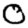
Digit: 0